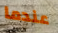
عندما